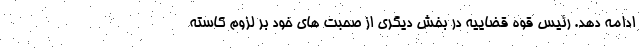
ادامه دهد. رئیس قوه قضاییه در بخش دیگری از صحبت های خود بر لزوم کاسته